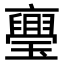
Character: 𭺏